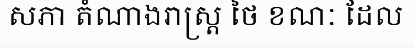
សភា តំណាងរាស្ត្រ ថៃ ខណៈ ដែល